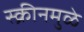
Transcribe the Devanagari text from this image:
स्क्रीनमुळे